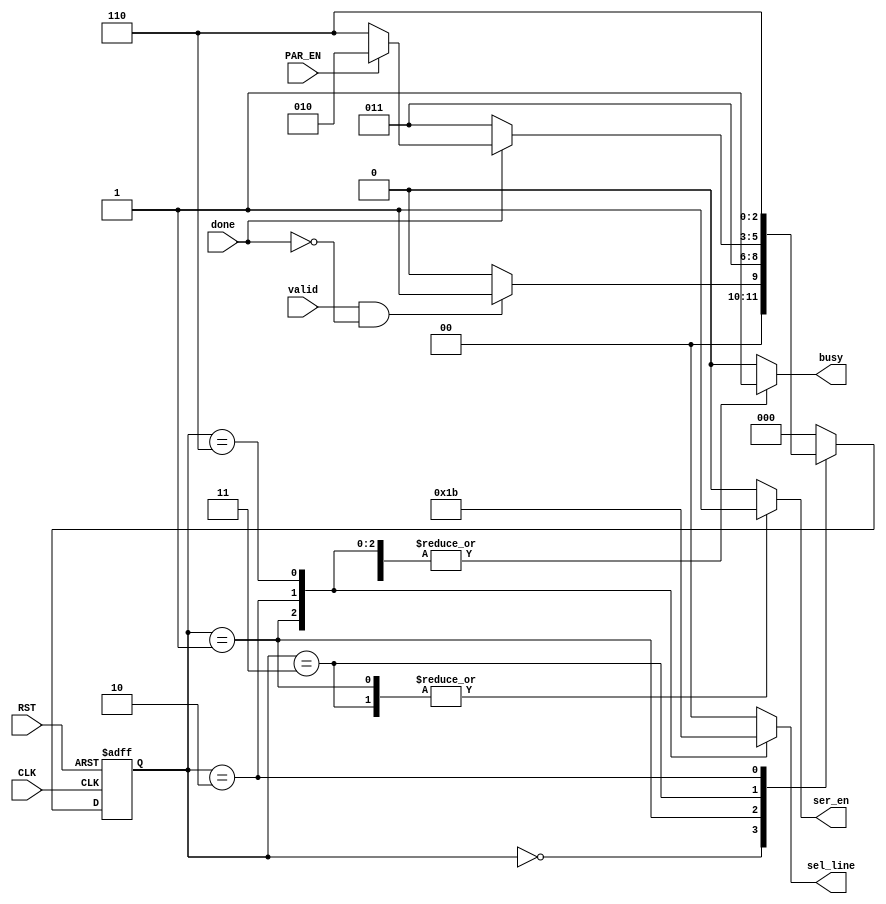
`timescale 1ns / 1ps
//////////////////////////////////////////////////////////////////////////////////
// Company: 
// Engineer: 
// 
// Design Name: 
// Module Name: FSM
// Project Name: 
// Target Devices: 
// Tool Versions: 
// Description: 
// 
// Dependencies: 
// 
// Revision:
// Revision 0.01 - File Created
// Additional Comments:
// 
//////////////////////////////////////////////////////////////////////////////////


module FSM(
input valid,
input done,  //from serializer
input CLK,
input RST,
input PAR_EN,
output reg busy,
output reg ser_en, //enable to serializer
output reg [1:0] sel_line //to MUX
    );
    
reg [2:0] current_state,next_state;  
localparam [2:0] IDLE=3'b000,
                 start=3'b001,     
                 proceed_data=3'b011,
                 parity=3'b010,
                 stop=3'b110;
                    
always@(posedge CLK or negedge RST)
     begin
             if(!RST)
             current_state<=IDLE;
             else
             current_state<=next_state;
     end 
     
 //next_state_logic
 always@(*)
    begin
        case(current_state)
            IDLE:begin
                 if(valid==1 && done==0)   
                 next_state=start;   
                 else
                 next_state=IDLE;   
                 end
            start:begin
                  next_state=proceed_data;  
                  end       
    proceed_data:begin
                 if(done==1)   
                    begin
                         if(PAR_EN==1)
                         next_state=parity;
                         else
                         next_state=stop;
                    end  
                 else 
                        next_state=proceed_data;  
                 end   
         parity:begin
                    next_state=stop;
                end                 
         stop:begin
                    next_state=IDLE;
                end                       
       default:begin
                   next_state=IDLE;
               end             
        endcase
    
    end    
     
     
      
     
//next_state_output_logic
always@(*)
    begin
        case(current_state)
            IDLE:begin
                 busy=0;
                 ser_en=0;
                 sel_line=2'b00;   
                 end
            start:begin
                  busy=1;
                  ser_en=1;
                  sel_line=2'b01;                                 
                  end           
     proceed_data:begin
                  busy=1;  
                  ser_en=1;
                  sel_line=2'b00;  
                  end
            parity:begin
                  busy=1;
                  ser_en=0;
                  sel_line=2'b10;              
                   end
            stop:begin
                  busy=1;
                  ser_en=0;
                  sel_line=2'b11;              
                 end                 
         default:begin
                  busy=0;
                  ser_en=0;
                  sel_line=2'b00;          
                 end            
        endcase
    
    end     
                  
                  

    
endmodule